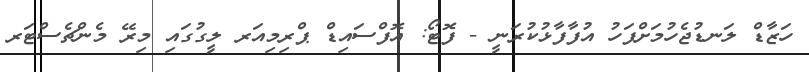
ހަޒާޑް ލަނޑުޖެހުމަށްފަހު އުފާފާޅުކުރަނީ - ފޮޓޯ: އޮފްސައިޑް ޕްރިމިއަރ ލީގުގައި މިރޭ މެންޗެސްޓަރ